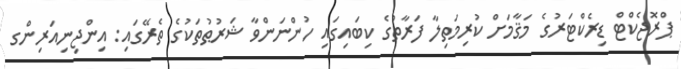
ޕްރޮޖެކްޓް ޑިރެކްޓަރުގެ މަޤާމަށް ކުރިމަތިލާ ފަރާތުގެ ކިބައިގައި ހުންނަންވާ ޝަރުޠުތަކުގެ ތެރޭގައި: އިންޖިނިއަރިންގ